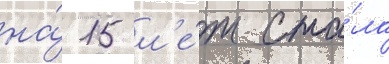
на́ 15 л'е́т ста́ла